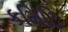
કમિટિ